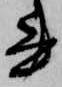
書